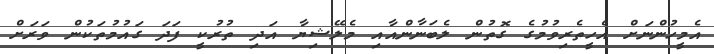
އެމީހުންނަށް އެހީތެރިވުމުގެ ގޮތުން ލެބަނާންއާއި މެލޭޝިޔާ އަދި ތުރުކީ ފަދަ ގައުމުތަކުން ވަރަށް